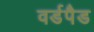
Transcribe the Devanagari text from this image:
वर्डपैड